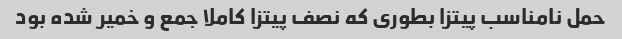
حمل نامناسب پیتزا بطوری که نصف پیتزا کاملا جمع و خمیر شده بود